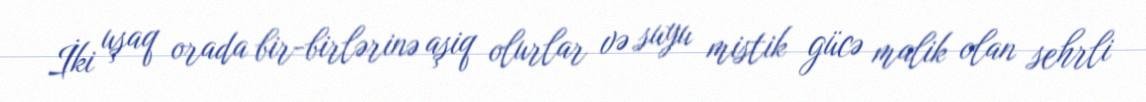
İki uşaq orada bir-birlərinə aşiq olurlar və suyu mistik gücə malik olan sehrli